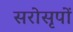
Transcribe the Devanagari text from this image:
सरोसृपों